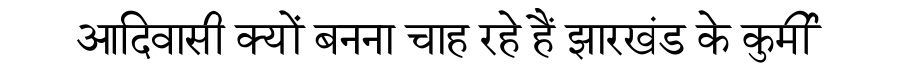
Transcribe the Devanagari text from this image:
आदिवासी क्यों बनना चाह रहे हैं झारखंड के कुर्मी